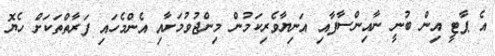
އެ ޕާޓީ އިން ބުނީ ނާއިންސާފާއި އަނިޔާވެރިކަމުން މިންޖުވުމަށާއި އެންމެހައި ފަރާތްތަކަށް ހެޔޮ